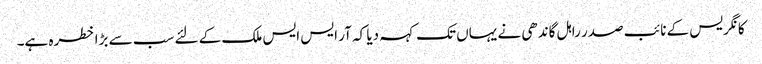
کانگریس کے نائب صدر راہل گاندھی نے یہاں تک کہہ دیا کہ آر ایس ایس ملک کے لئے سب سے بڑا خطرہ ہے۔